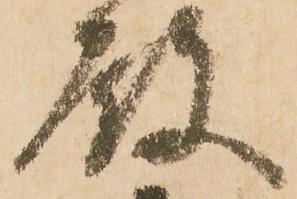
殿